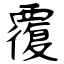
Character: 覆